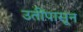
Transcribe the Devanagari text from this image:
उतींपासून